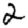
Digit: 2